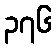
၃၇၆